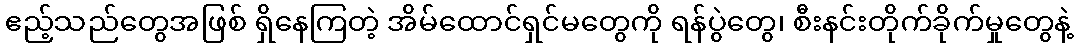
ဧည့်သည်တွေအဖြစ် ရှိနေကြတဲ့ အိမ်ထောင်ရှင်မတွေကို ရန်ပွဲတွေ၊ စီးနင်းတိုက်ခိုက်မှုတွေနဲ့